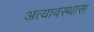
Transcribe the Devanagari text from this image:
अत्यावस्थास